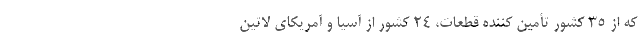
که از 35 کشور تأمین کننده قطعات، 24 کشور از آسیا و آمریکای لاتین